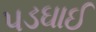
પડઘાઈ